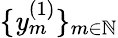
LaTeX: \{ \mathit{y}_{m}^{(1)}\} _{m\in\mathbb{{N}}}